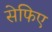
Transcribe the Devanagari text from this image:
सेफिए